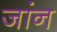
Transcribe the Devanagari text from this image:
जांन